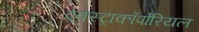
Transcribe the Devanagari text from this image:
एक्स्ट्राकॉर्पोरियल